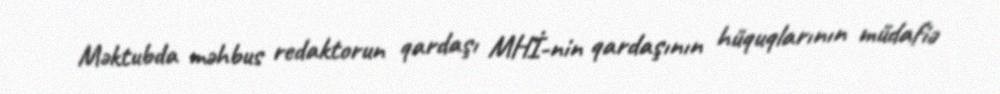
Məktubda məhbus redaktorun qardaşı MHİ-nin qardaşının hüquqlarının müdafiə